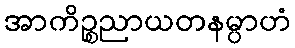
အာကိဉ္စညာယတနမ္ပာဟံ